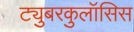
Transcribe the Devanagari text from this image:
ट्युबरकुलॉसिस